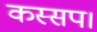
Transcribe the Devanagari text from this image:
कस्सप।